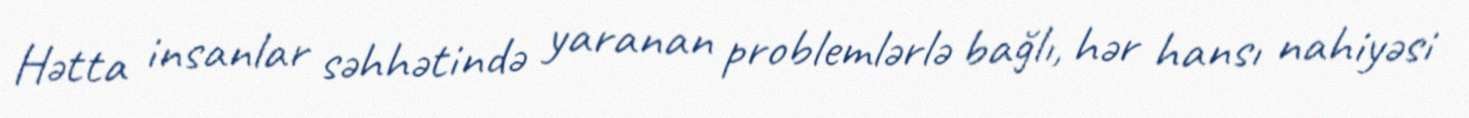
Hətta insanlar səhhətində yaranan problemlərlə bağlı, hər hansı nahiyəsi